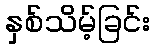
နှစ်သိမ့်ခြင်း